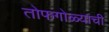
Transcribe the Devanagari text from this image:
तोफगोळ्यांची